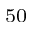
^ { 5 0 }